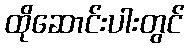
ထိုဆောင်းပါးတွင်